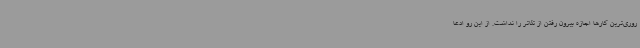
روری‌ترین کارها اجازه بیرون رفتن از تئاتر را نداشت. از این‌ رو ادعا